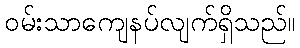
ဝမ်းသာကျေနပ်လျက်ရှိသည်။